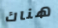
هناك